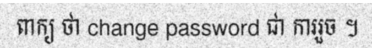
ពាក្យ ថា change password ជា ការរួច ។